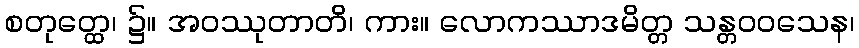
စတုတ္ထေ၊ ၌။ အဝဿုတာတိ၊ ကား။ လောကဿာဒမိတ္တ သန္တဝဝသေန၊